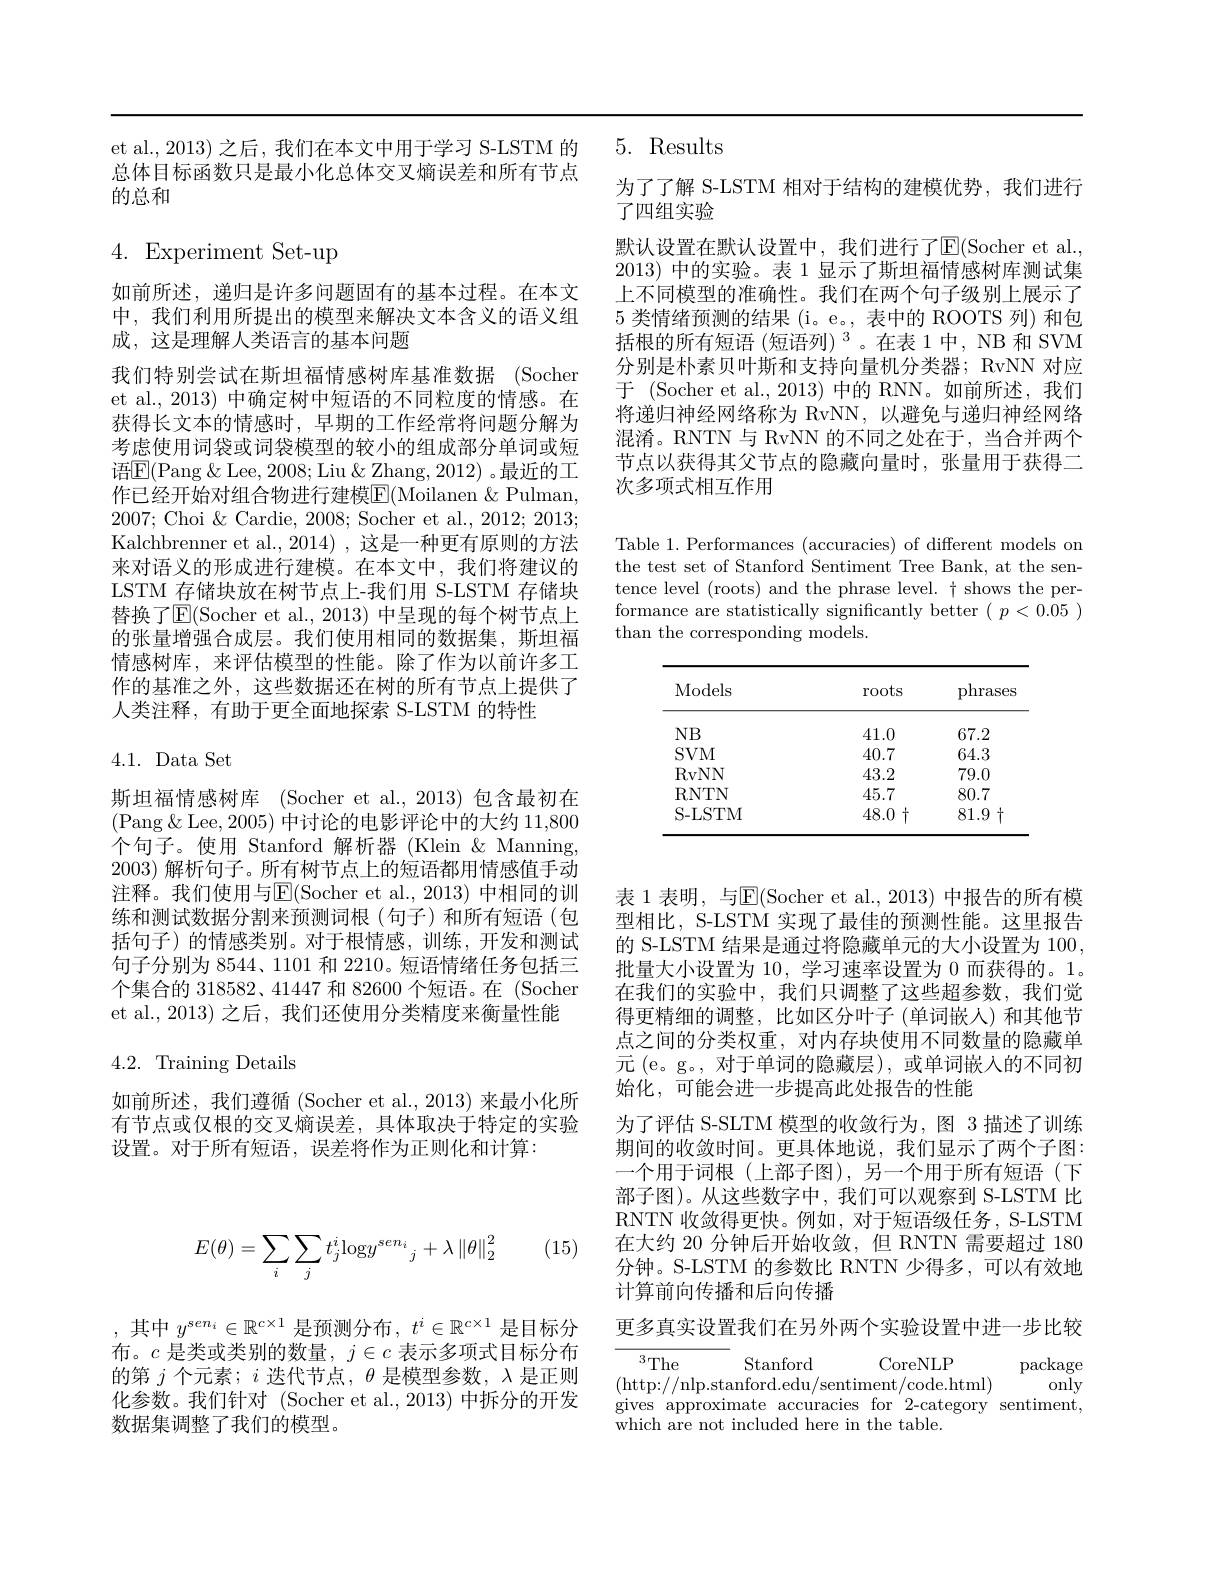
et al., 2013) 之后，我们在本文中用于学习 S-LSTM 的总体目标函数只是最小化总体交叉熵误差和所有节点的总和

4. Experiment Set-up

如前所述，递归是许多问题固有的基本过程。在本文中，我们利用所提出的模型来解决文本含义的语义组成，这是理解人类语言的基本问题

我们特别尝试在斯坦福情感树库基准数据 (Socher et al., 2013) 中确定树中短语的不同粒度的情感。在获得长文本的情感时，早期的工作经常将问题分解为考虑使用词袋或词袋模型的较小的组成部分单词或短${\text{语}\mathrm{E}}($Pang &Lee, 2008; Liu & Zhang, 2012)。最近的工作已经开始对组合物进行建模$\overline{\mathrm{E}}($Moilanen $\&$ Pulman, 2007; Choi & Cardie, 2008; Socher et al., 2012; 2013; Kalchbrenner et al., 2014) , 这是一种更有原则的方法来对语义的形成进行建模。在本文中，我们将建议的LSTM 存储块放在树节点上-我们用 S-LSTM 存储块替换了$\operatorname{E}($Socher et al., 2013) 中呈现的每个树节点上的张量增强合成层。我们使用相同的数据集，斯坦福情感树库，来评估模型的性能。除了作为以前许多工作的基准之外，这些数据还在树的所有节点上提供了人类注释，有助于更全面地探索 S-LSTM 的特性

4.1. Data Set

斯坦福情感树库 (Socher et al.,2013)包含最初在(Pang$\&$Lee,2005)中讨论的电影评论中的大约 11,800个句子。使用 Stanford 解析器 (Klein &Manning, 2003) 解析句子。所有树节点上的短语都用情感值手动注释。我们使用与$\mathbb{E}($Socher et al.,2013) 中相同的训练和测试数据分割来预测词根(句子)和所有短语(包括句子)的情感类别。对于根情感，训练，开发和测试句子分别为 8544、1101 和 2210。短语情绪任务包括三个集合的 318582、41447 和 82600 个短语。在 (Socher et al., 2013) 之后，我们还使用分类精度来衡量性能

# 4.2. Training Details

如前所述，我们遵循 (Socher et al.,2013) 来最小化所有节点或仅根的交叉熵误差，具体取决于特定的实验设置。对于所有短语，误差将作为正则化和计算：

5. Results

为了了解 S-LSTM 相对于结构的建模优势，我们进行
了四组实验
默认设置在默认设置中，我们进行了E$( Socher et al. $, 2013) 中的实验。表 1 显示了斯坦福情感树库测试集上不同模型的准确性。我们在两个句子级别上展示了5类情绪预测的结果 (i。e。, 表中的 ROOTS 列) 和包括根的所有短语 (短语列) $^3$。在表 1中，NB 和 SVM 分别是朴素贝叶斯和支持向量机分类器；RvNN 对应于 (Socher et al., 2013) 中的 RNN。如前所述，我们将递归神经网络称为 RvNN,以避免与递归神经网络混淆。RNTN 与 RvNN 的不同之处在于，当合并两个节点以获得其父节点的隐藏向量时，张量用于获得二次多项式相互作用

Table 1. Performances (accuracies) of different models on the test set of Stanford Sentiment Tree Bank, at the sentence level (roots) and the phrase level. $\dagger$ shows the performance are statistically significantly better $(p<0.05)$ than the corresponding models.

<table>
	<tbody>
		<tr>
			<th>Models</th>
			<th>roots</th>
			<th>phrases</th>
		</tr>
		<tr>
			<td>$NB$</td>
			<td>41.0</td>
			<td>67.2</td>
		</tr>
		<tr>
			<td>$SVM$</td>
			<td>40.7</td>
			<td>64.3</td>
		</tr>
		<tr>
			<td>RvNN</td>
			<td>43.2</td>
			<td>79.0</td>
		</tr>
		<tr>
			<td>R. NTN</td>
			<td>45.7</td>
			<td>80.7</td>
		</tr>
		<tr>
			<td>S-LSTM</td>
			<td>48.0</td>
			<td>$81.9\uparrow$</td>
		</tr>
	</tbody>
</table>

表 1 表明，与$\mathbb{E}($Socher et al., 2013) 中报告的所有模型相比，S-LSTM 实现了最佳的预测性能。这里报告的 S-LSTM 结果是通过将隐藏单元的大小设置为 100, 批量大小设置为 10, 学习速率设置为 0 而获得的。1。在我们的实验中，我们只调整了这些超参数，我们觉得更精细的调整，比如区分叶子(单词嵌人)和其他节点之间的分类权重，对内存块使用不同数量的隐藏单元(e。g。,对于单词的隐藏层),或单词嵌入的不同初始化，可能会进一步提高此处报告的性能
为了评估 S-SLTM 模型的收敛行为，图 3 描述了训练期间的收敛时间。更具体地说，我们显示了两个子图： 一个用于词根(上部子图),另一个用于所有短语(下部子图)。从这些数字中，我们可以观察到 S-LSTM 比RNTN 收敛得更快。例如，对于短语级任务 , S-LSTM 在大约 20 分钟后开始收敛，但 RNTN 需要超过 180分钟。S-LSTM 的参数比 RNTN 少得多，可以有效地计算前向传播和后向传播

更多真实设置我们在另外两个实验设置中进一步比较

$^3The$
Stanford
CoreNLP
package
only
(http://nlp.stanford.edu/sentiment/code.html)
gives approximate accuracies for 2-category sentiment,
which are not included here in the table.

(15)
$$E(\theta)=\sum_i\sum_jt_j^i\mathrm{log}{y^{sen_i}}_j+\lambda\left\|\theta\right\|_2^2$$
,其中$y^sen_i\in\mathbb{R}^{c\times1}$是预测分布$,t^i\in\mathbb{R}^c\times1$是目标分布。$c$是类或类别的数量，$j\in c$表示多项式目标分布的第$j$个元素；$i$迭代节点，$\theta$是模型参数，$\lambda$是正则化参数。我们针对(Socher et al.,2013)中拆分的开发数据集调整了我们的模型。